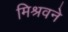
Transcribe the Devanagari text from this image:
मिश्रवने